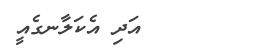
އަދި އެކަލާނގެއީ